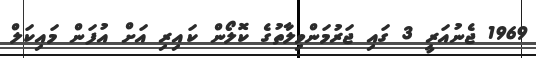
1969 ޖެނުއަރީ 3 ގައި ޖަރުމަންވިލާތުގެ ކޮލޯން ކައިރި އަށް އުފަން މައިކަލް